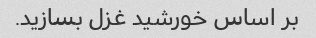
بر اساس خورشید غزل بسازید.